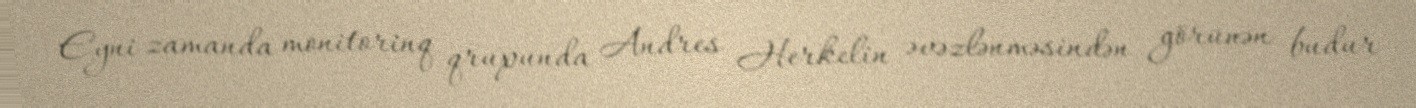
Eyni zamanda monitorinq qrupunda Andres Herkelin əvəzlənməsindən görünən budur